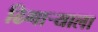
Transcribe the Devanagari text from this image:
ढिगाऱ्याला